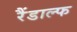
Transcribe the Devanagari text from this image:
रैंडाल्फ